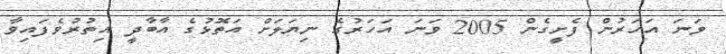
ވަނަ އަހަރުން ފެށީގެން 2005 ވަނަ އަހަރުގެ ނިޔަލަށް އަތޮޅުގެ އާބާދީ އިތުރުވެފައިވާ